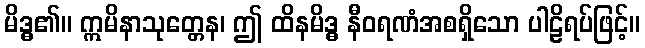
မိဒ္ဓ၏။ ဣမိနာသုတ္တေန၊ ဤ ထိနမိဒ္ဓ နီဝရဏံအစရှိသော ပါဠိရပ်ဖြင့်။